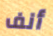
أنف